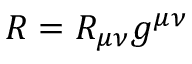
R = R _ { \mu \nu } g ^ { \mu \nu }